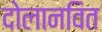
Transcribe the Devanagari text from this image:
दोलानवित